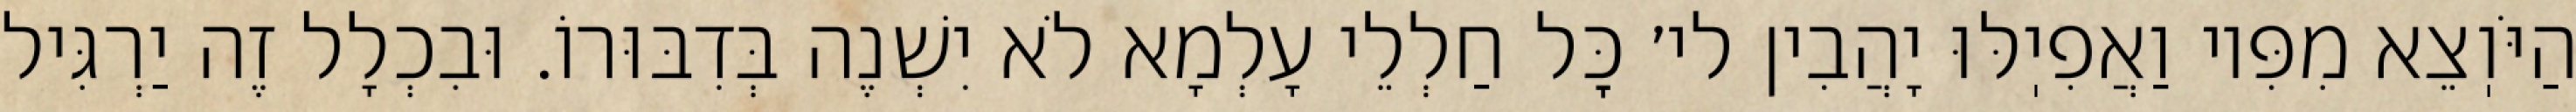
הַיֹּוֽצֵא מִפִּיו וַאֲפִיֽלּוּ יָהֲבִין לי׳ כׇּל חַלְלֵי עָלְמָא לֹא יִשְׁנֶה בְּדִבּוּרוֹ. וּבִכְלָל זֶה יַרְגִּיל